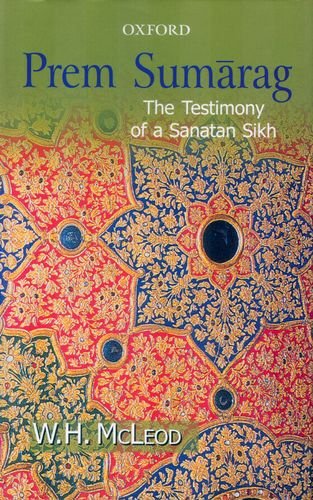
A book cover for Prem Sumarag: The Testimony of a Sanatan Sikh; W. H. McLeod; Religion & Spirituality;